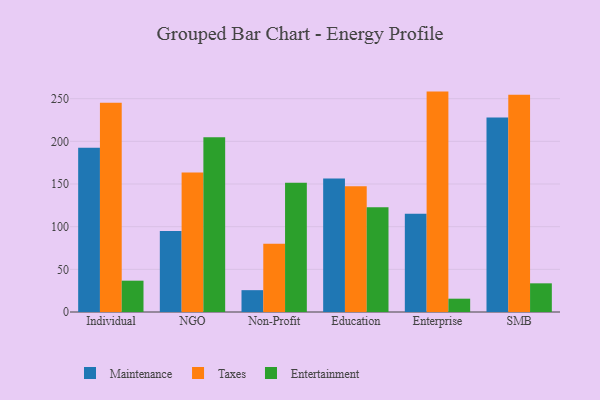
{"axis": {"x": "Segment", "y": "Website Visitors"}, "legend": ["Entertainment", "Maintenance", "Taxes"], "data": [{"x": "Individual", "y": 192.5, "type": "Maintenance"}, {"x": "Individual", "y": 245.2, "type": "Taxes"}, {"x": "Individual", "y": 36.7, "type": "Entertainment"}, {"x": "NGO", "y": 95.0, "type": "Maintenance"}, {"x": "NGO", "y": 163.6, "type": "Taxes"}, {"x": "NGO", "y": 204.9, "type": "Entertainment"}, {"x": "Non-Profit", "y": 25.6, "type": "Maintenance"}, {"x": "Non-Profit", "y": 80.0, "type": "Taxes"}, {"x": "Non-Profit", "y": 151.5, "type": "Entertainment"}, {"x": "Education", "y": 156.5, "type": "Maintenance"}, {"x": "Education", "y": 147.4, "type": "Taxes"}, {"x": "Education", "y": 122.9, "type": "Entertainment"}, {"x": "Enterprise", "y": 115.1, "type": "Maintenance"}, {"x": "Enterprise", "y": 258.3, "type": "Taxes"}, {"x": "Enterprise", "y": 15.6, "type": "Entertainment"}, {"x": "SMB", "y": 227.8, "type": "Maintenance"}, {"x": "SMB", "y": 254.5, "type": "Taxes"}, {"x": "SMB", "y": 33.6, "type": "Entertainment"}]}